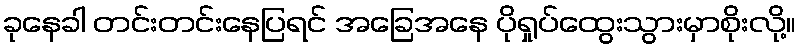
ခုနေခါ တင်းတင်းနေပြရင် အခြေအနေ ပိုရှုပ်ထွေးသွားမှာစိုးလို့။